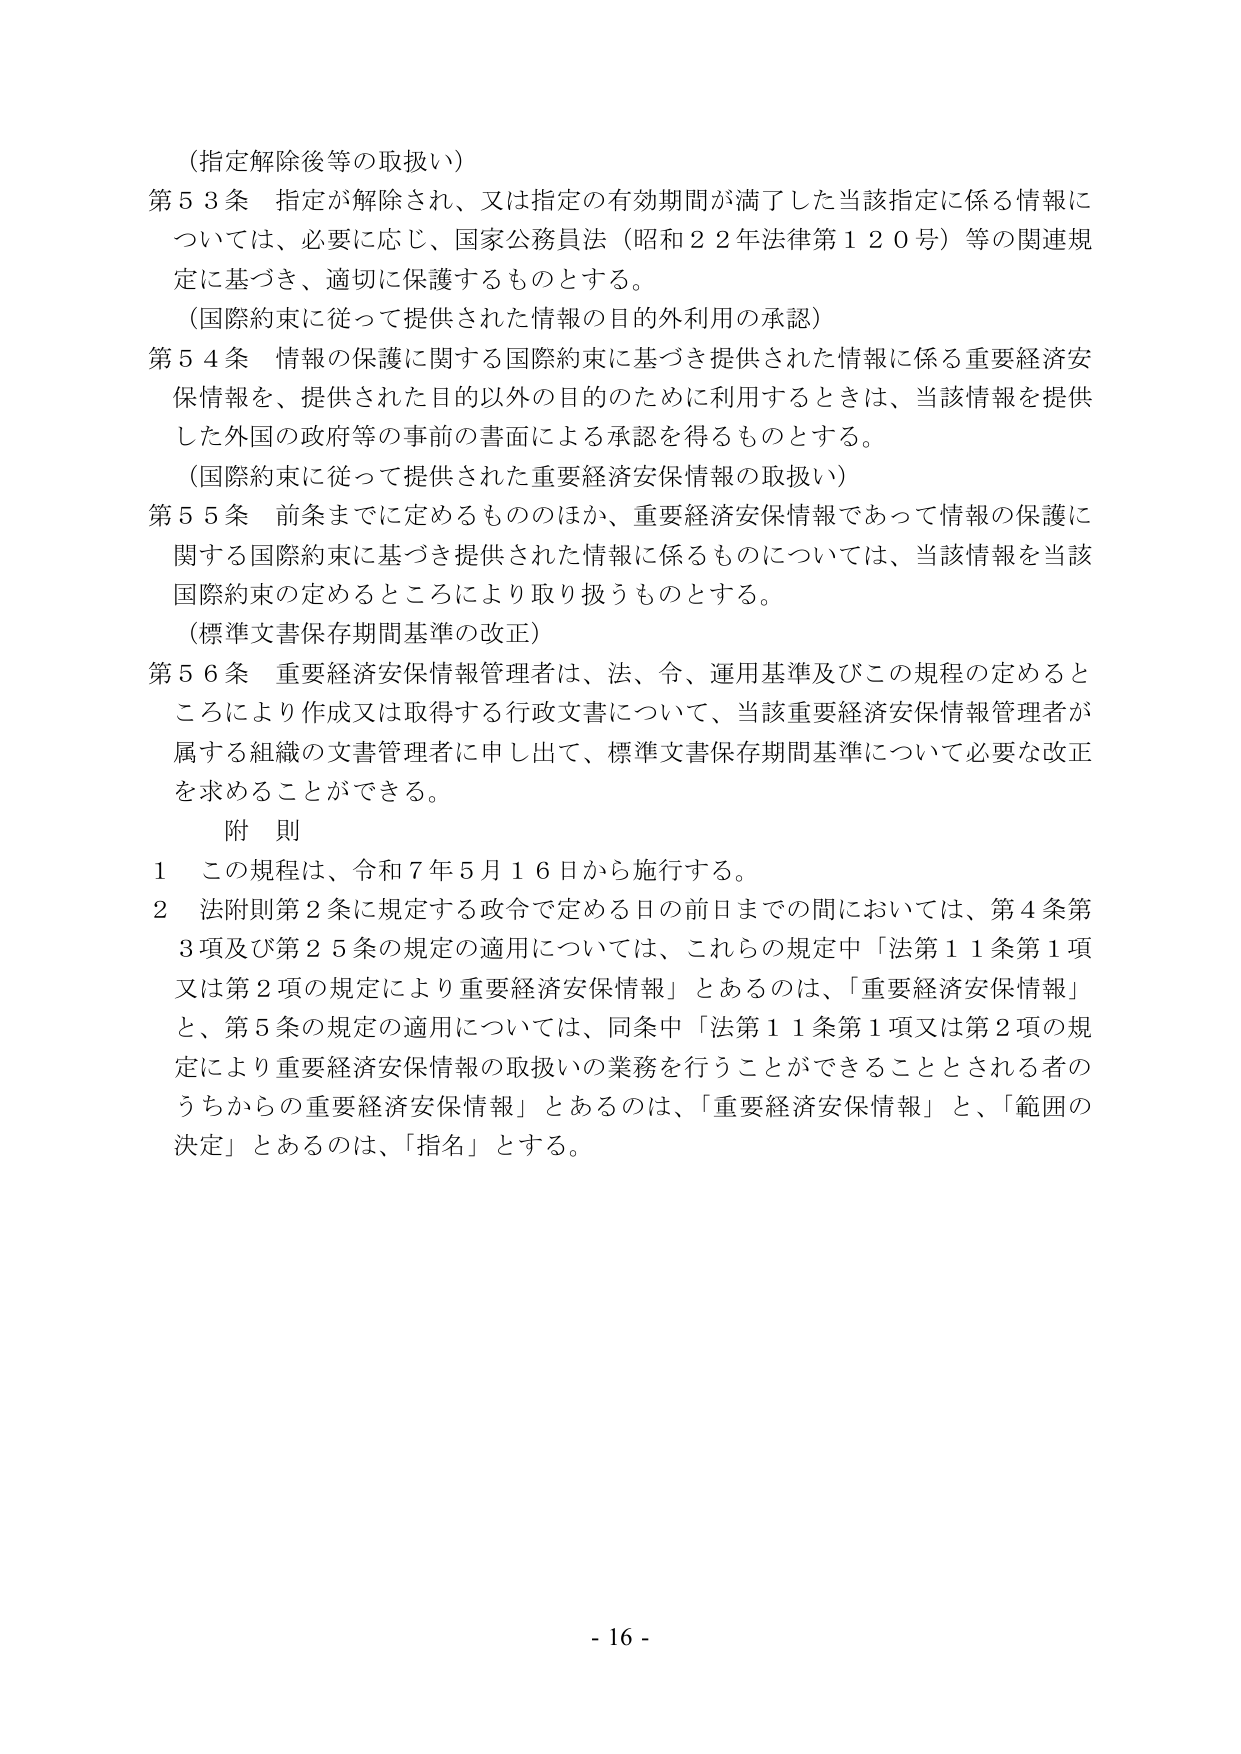
（指定解除後等の取扱い）
第５３条 指定が解除され、又は指定の有効期間が満了した当該指定に係る情報については、必要に応じ、国家公務員法（昭和２２年法律第１２０号）等の関連規定に基づき、適切に保護するものとする。

（国際約束に従って提供された情報の目的外利用の承認）
第５４条 情報の保護に関する国際約束に基づき提供された情報に係る重要経済安保情報を、提供された目的以外の目的のために利用するときは、当該情報を提供した外国の政府等の事前の書面による承認を得るものとする。

（国際約束に従って提供された重要経済安保情報の取扱い）
第５５条 前条までに定めるもののほか、重要経済安保情報であって情報の保護に関する国際約束に基づき提供された情報に係るものについては、当該情報を当該国際約束の定めるところにより取り扱うものとする。

（標準文書保存期間基準の改正）
第５６条 重要経済安保情報管理者は、法、令、運用基準及びこの規程の定めるところにより作成又は取得する行政文書について、当該重要経済安保情報管理者が属する組織の文書管理者に申し出て、標準文書保存期間基準について必要な改正を求めることができる。

附 則
１ この規程は、令和７年５月１６日から施行する。
２ 法附則第２条に規定する政令で定める日の前日までの間においては、第４条第３項及び第２５条の規定の適用については、これらの規定中「法第１１条第１項又は第２項の規定により重要経済安保情報」とあるのは、「重要経済安保情報」と、第５条の規定の適用については、同条中「法第１１条第１項又は第２項の規定により重要経済安保情報の取扱いの業務を行うことができることとされる者のうちからの重要経済安保情報」とあるのは、「重要経済安保情報」と、「範囲の決定」とあるのは、「指名」とする。

- 16 -